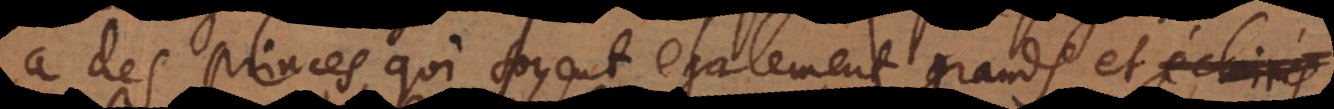
à des princes, qui soyent egalement grands et éclairés.